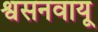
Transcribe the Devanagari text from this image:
श्वसनवायू